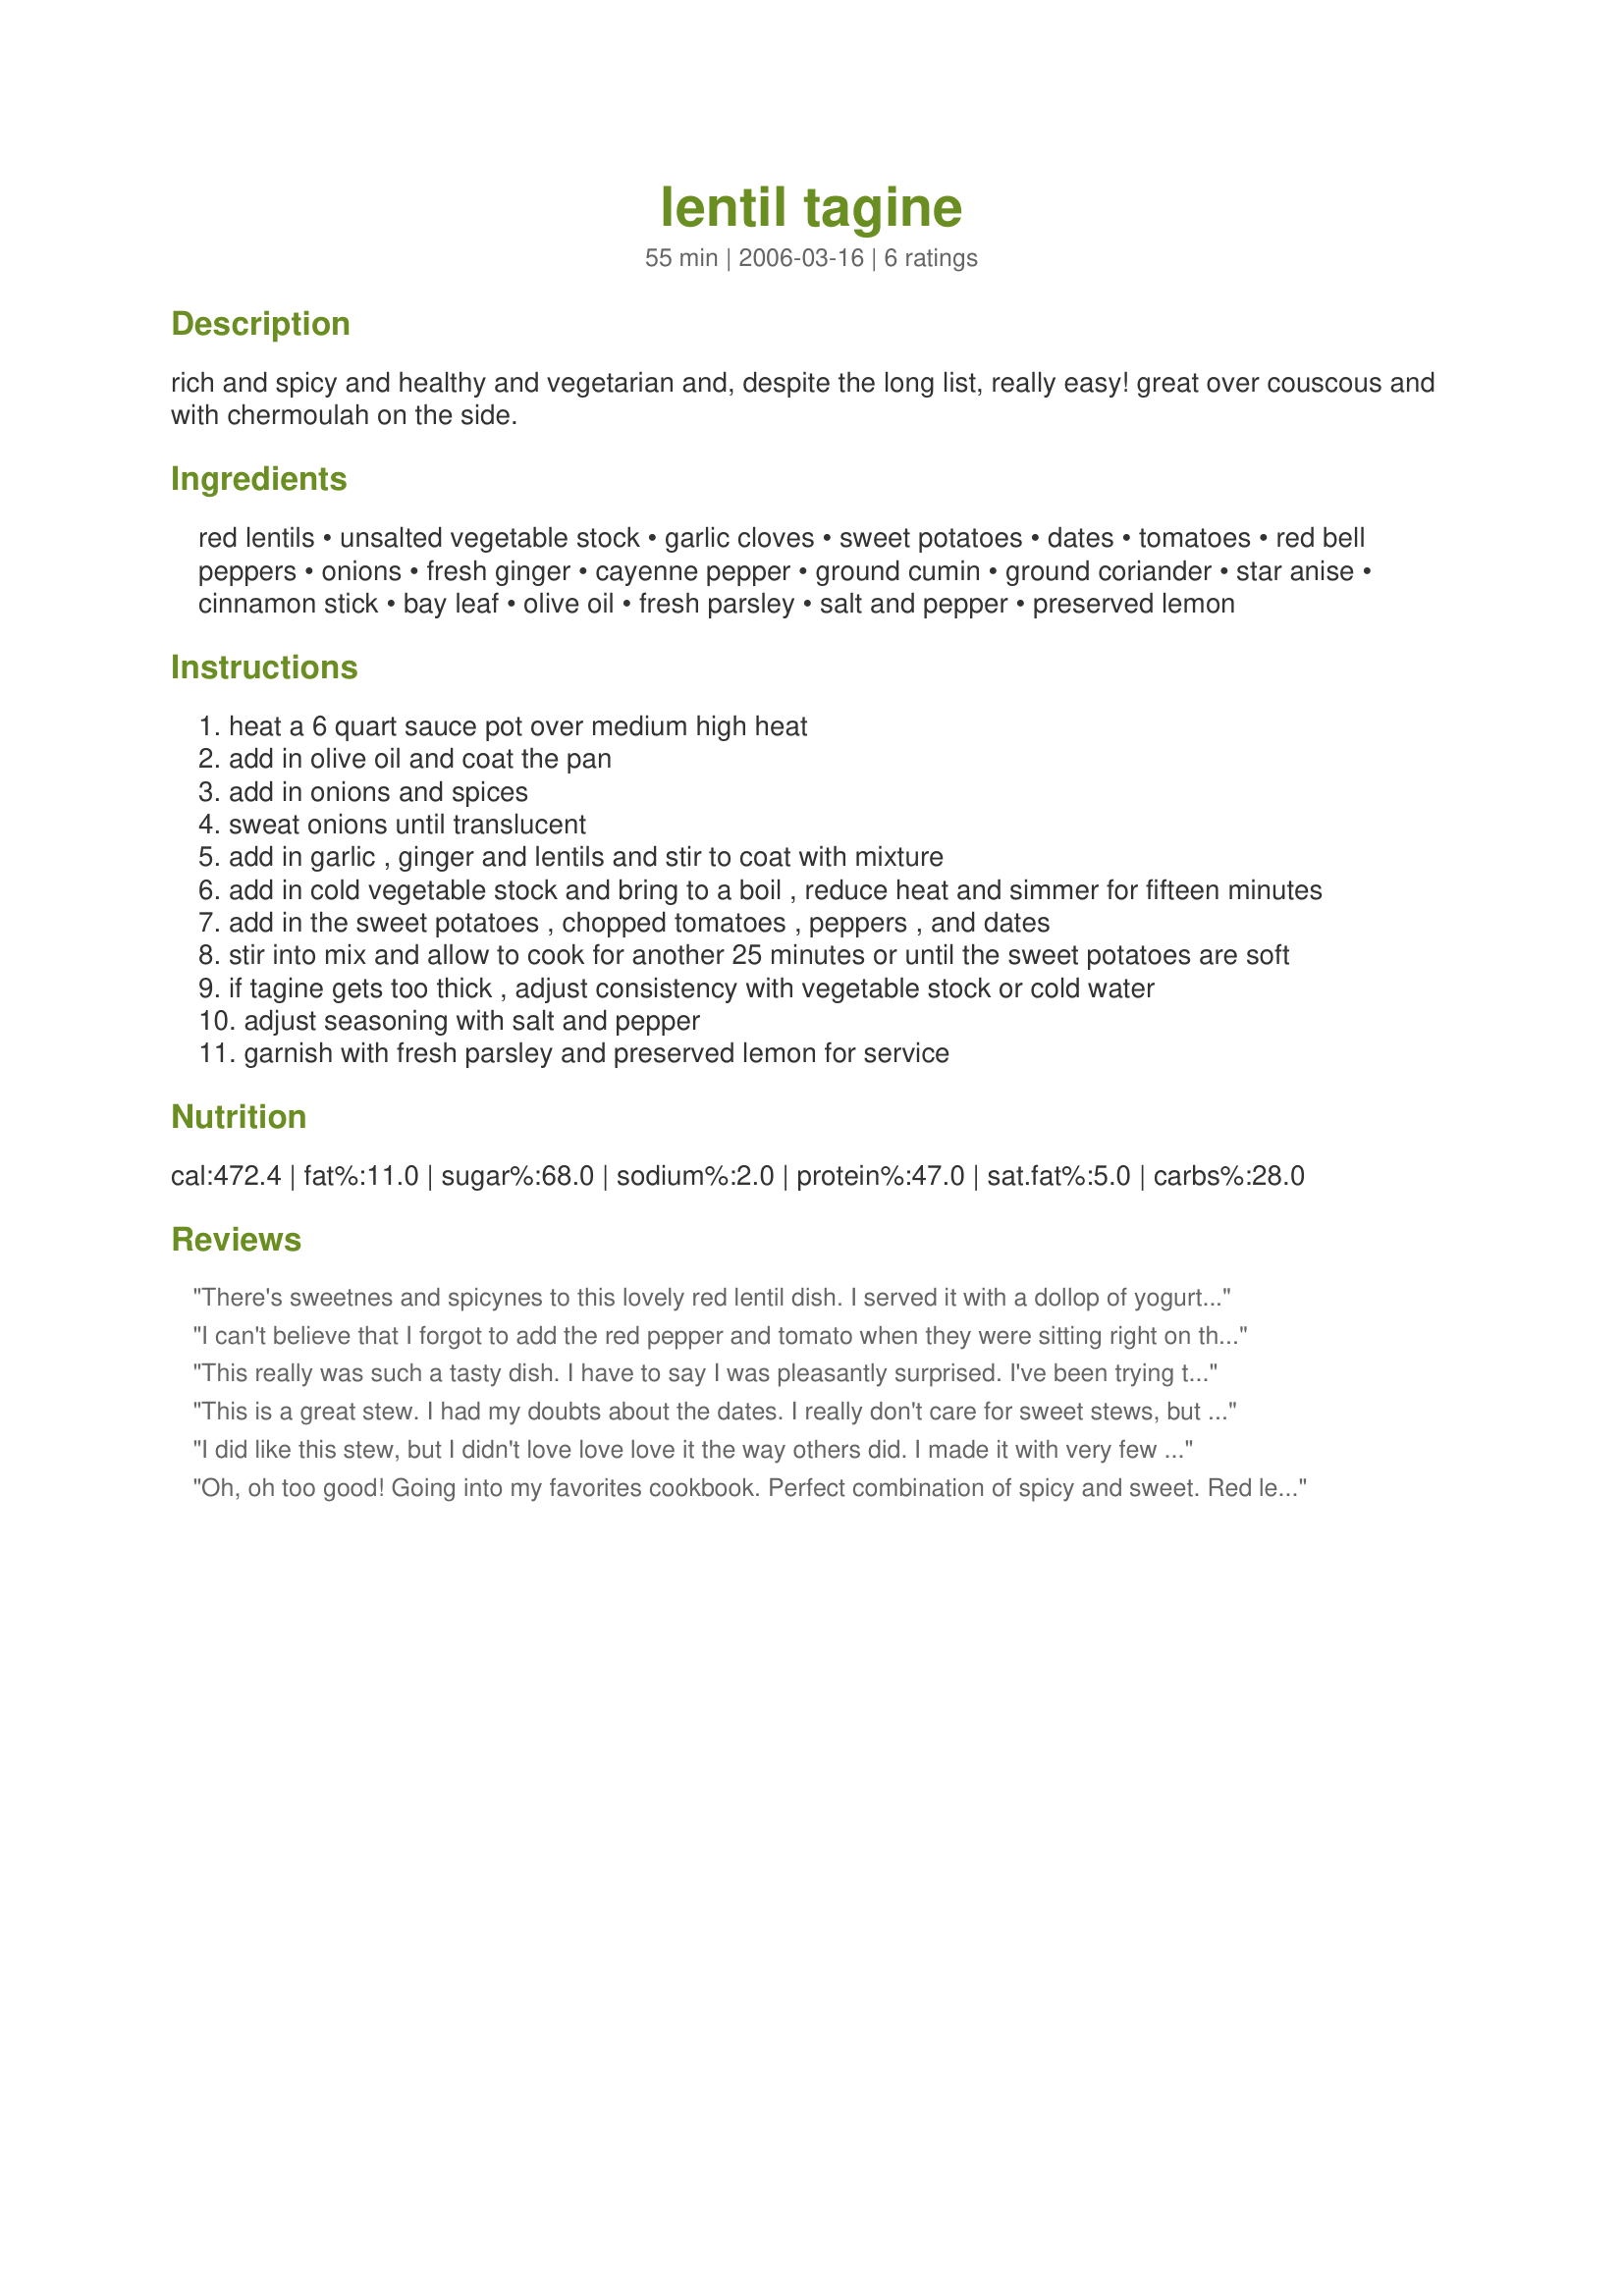
lentil tagine
Preparation time: 55 minutes

rich and spicy and healthy and vegetarian and, despite the long list, really easy! great over couscous and with chermoulah on the side.

Ingredients:
red lentils, unsalted vegetable stock, garlic cloves, sweet potatoes, dates, tomatoes, red bell peppers, onions, fresh ginger, cayenne pepper, ground cumin, ground coriander, star anise, cinnamon stick, bay leaf, olive oil, fresh parsley, salt and pepper, preserved lemon

Steps:
heat a 6 quart sauce pot over medium high heat
add in olive oil and coat the pan
add in onions and spices
sweat onions until translucent
add in garlic , ginger and lentils and stir to coat with mixture
add in cold vegetable stock and bring to a boil , reduce heat and simmer for fifteen minutes
add in the sweet potatoes , chopped tomatoes , peppers , and dates
stir into mix and allow to cook for another 25 minutes or until the sweet potatoes are soft
if tagine gets too thick , adjust consistency with vegetable stock or cold water
adjust seasoning with salt and pepper
garnish with fresh parsley and preserved lemon for service

Reviews:
There's sweetnes and spicynes to this lovely red lentil dish. I served it with a dollop of yogurt and some coriander on top.
I can't believe that I forgot to add the red pepper and tomato when they were sitting right on the counter. Since there are no sweet potatoes at the local market this time of year I used white. Here's the good part even with white spud and no red pepper or tomatoes it was still wonderful. The the seasoning combo works miracles and is really exquisite. My sincere apologies to Chef Kate for making a (great tasting) hash of her beautiful recipe.....and yes, I did use red lentils but they turn yellow when cooked, LOL.
This really was such a tasty dish. I have to say I was pleasantly surprised. I've been trying to eat healthy and thought I would give lentils a try.... I sure landed on a great recipe for my first try. This will most certainly become a regular dish at my house. Thanks for sharing!
This is a great stew. I had my doubts about the dates. I really don't care for sweet stews, but this worked out wonderfully. The sweetness is just right. :) I did not have a preserved lemon, so although it sounds great, I had to skip that part. Colors were great! The sweet potato, peppers, and tomoatoes were nice and the red lentils gave the overall tagine a nice color.
I did like this stew, but I didn't love love love it the way others did. I made it with very few alterations - I used the Roasted Vegetable Stock, which was wonderful, and I didn't have any star anise, but I did use fennel in the stock. I also added .5 tsp of nutmeg to the spice mixture. I like the sweetness of the stew, but it felt like it needed something else ... more spice, maybe? It may also be that it was my first lentil recipe and I'm still getting used to their taste. All in all, I recommend it to anyone interested in cooking with lentils and with new flavours, who likes a subtle sweetness in their foods. I just didn't go nuts over it!
Oh, oh too good! Going into my favorites cookbook. Perfect combination of spicy and sweet. Red lentil and veggie mixture gave it a great mouth feel. Too healthy, lots of vitamin A & C and lentils for protein. BF thought it was too spicy but I thought it was perfect. I used 1 teaspoon cumin for his sake. Also, I used lime juice instead of the preserved lemon and left out star anise and parsley as I didn't have it. Used a whole cinnamon stick and whole bay leaf. Halved the recipe and the 2 of us ate 2/3 with a side of meat substitute. So great, worth making again, and again, and again. WOW thanks Chef Kate! Try this people:D Can't wait to eat leftovers:D Was too red maybe, but who cares?
